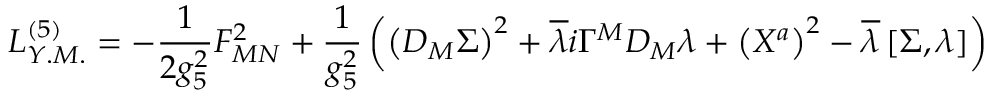
{ \cal L } _ { Y . M . } ^ { ( 5 ) } = - \frac { 1 } { 2 g _ { 5 } ^ { 2 } } F _ { M N } ^ { 2 } + \frac { 1 } { g _ { 5 } ^ { 2 } } \left( \left( D _ { M } \Sigma \right) ^ { 2 } + \overline { { { \lambda } } } i \Gamma ^ { M } D _ { M } \lambda + \left( X ^ { a } \right) ^ { 2 } - \overline { { { \lambda } } } \left[ \Sigma , \lambda \right] \right)